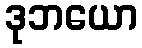
ဒုဘယော